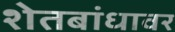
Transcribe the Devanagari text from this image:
शेतबांधावर